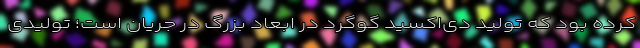
کرده‌ بود که تولید دی‌اکسید گوگرد در ابعاد بزرگ در جریان است؛ تولیدی